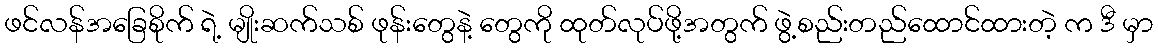
ဖင်လန်အခြေစိုက် ရဲ့ မျိုးဆက်သစ် ဖုန်းတွေနဲ့ တွေကို ထုတ်လုပ်ဖို့အတွက် ဖွဲ့စည်းတည်ထောင်ထားတဲ့ က ဒီ မှာ